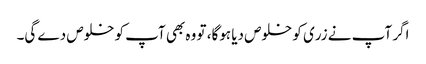
اگر آپ نے زری کو خلوص دیا ہوگا، تو وہ بھی آپ کو خلوص دے گی۔